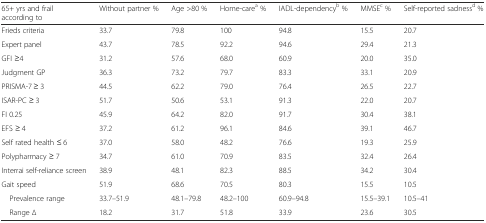
<table><thead><tr><td><b>65+ yrs and frail according to</b></td><td><b>Without partner %</b></td><td><b>Age &gt;80 %</b></td><td><b>Home-care<sup>a</sup> %</b></td><td><b>IADL-dependency<sup>b</sup> %</b></td><td><b>MMSE<sup>c</sup> %</b></td><td><b>Self-reported sadness<sup>d</sup> %</b></td></tr></thead><tbody><tr><td>Frieds criteria</td><td>33.7</td><td>79.8</td><td>100</td><td>94.8</td><td>15.5</td><td>20.7</td></tr><tr><td>Expert panel</td><td>43.7</td><td>78.5</td><td>92.2</td><td>94.6</td><td>29.4</td><td>21.3</td></tr><tr><td>GFI ≥4</td><td>31.2</td><td>57.6</td><td>68.0</td><td>60.9</td><td>20.0</td><td>35.0</td></tr><tr><td>Judgment GP</td><td>36.3</td><td>73.2</td><td>79.7</td><td>83.3</td><td>33.1</td><td>20.9</td></tr><tr><td>PRISMA-7 ≥ 3</td><td>44.5</td><td>62.2</td><td>79.0</td><td>76.4</td><td>26.5</td><td>22.7</td></tr><tr><td>ISAR-PC ≥ 3</td><td>51.7</td><td>50.6</td><td>53.1</td><td>91.3</td><td>22.0</td><td>20.7</td></tr><tr><td>FI 0.25</td><td>45.9</td><td>64.2</td><td>82.0</td><td>91.7</td><td>30.4</td><td>38.1</td></tr><tr><td>EFS ≥ 4</td><td>37.2</td><td>61.2</td><td>96.1</td><td>84.6</td><td>39.1</td><td>46.7</td></tr><tr><td>Self rated health ≤ 6</td><td>37.0</td><td>58.0</td><td>48.2</td><td>76.6</td><td>19.3</td><td>25.9</td></tr><tr><td>Polypharmacy ≥ 7</td><td>34.7</td><td>61.0</td><td>70.9</td><td>83.5</td><td>32.4</td><td>26.4</td></tr><tr><td>Interrai self-reliance screen</td><td>38.9</td><td>48.1</td><td>82.3</td><td>88.5</td><td>34.2</td><td>30.4</td></tr><tr><td>Gait speed</td><td>51.9</td><td>68.6</td><td>70.5</td><td>80.3</td><td>15.5</td><td>10.5</td></tr><tr><td>Prevalence range</td><td>33.7–51.9</td><td>48.1–79.8</td><td>48.2–100</td><td>60.9–94.8</td><td>15.5–39.1</td><td>10.5–41</td></tr><tr><td>Range ∆</td><td>18.2</td><td>31.7</td><td>51.8</td><td>33.9</td><td>23.6</td><td>30.5</td></tr></tbody></table>